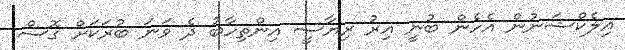
އިލެކްޝަނުން އެހެން ބުނީ އިރު ރިޔާސީ އިންތިހާބު ދެ ވަނަ ބުރަކަށް ގޮސް